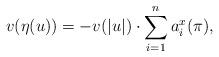
LaTeX: \begin{align*} v(\eta (u))=-v(|u|)\cdot\sum\limits_{i=1}^n a_i^x(\pi ),\end{align*}